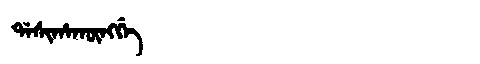
Manchu: ᡩᠠᠰᡳᡥᠠᡴᡡᠩᡤᡝ
Romanization: DASIHAKŪNGGE